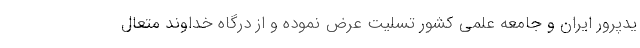
یدپرور ایران و جامعه علمی کشور تسلیت عرض نموده و از درگاه خداوند متعال